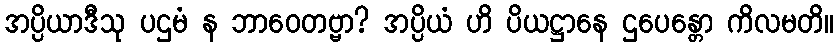
အပ္ပိယာဒီသု ပဌမံ န ဘာဝေတဗ္ဗာ? အပ္ပိယံ ဟိ ပိယဋ္ဌာနေ ဌပေန္တော ကိလမတိ။